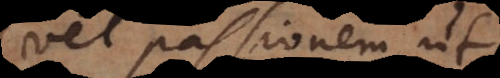
vel passionem, ut